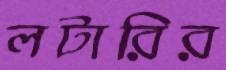
লটারির